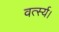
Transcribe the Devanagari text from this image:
वर्त्स्य।